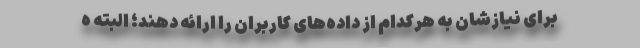
برای نیازشان به هرکدام از داده‌های کاربران را ارائه دهند؛ البته ه